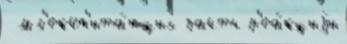
 мл'екоп'ита́ющих часть р'еа́кциjи